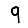
Digit: 9